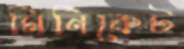
মিনিকেট